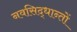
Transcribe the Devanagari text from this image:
नवसिद्धान्तों